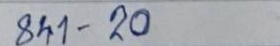
841 - 20